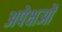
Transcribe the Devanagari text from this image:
अपेक्षओं